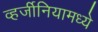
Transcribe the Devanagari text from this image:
व्हर्जीनियामध्ये